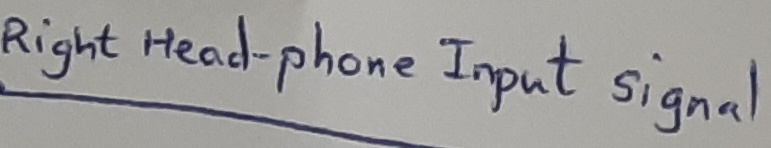
Text: Right headphone-Input signal